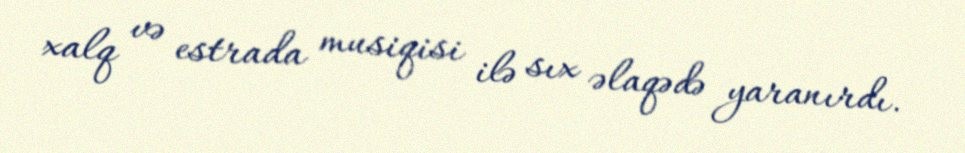
xalq və estrada musiqisi ilə sıx əlaqədə yaranırdı.